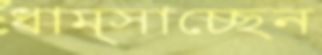
ধাম্‌সাচ্ছেন